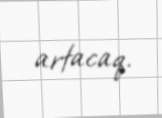
artacaq.